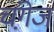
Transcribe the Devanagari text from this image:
चंगे़ज